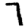
Digit: 7